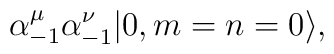
\alpha_{-1}^\mu \alpha_{-1}^\nu |0,m=n=0\rangle,